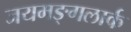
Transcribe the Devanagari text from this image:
जयमङ्गलार्क